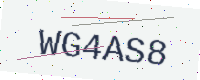
Text: WG4AS8